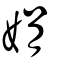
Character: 娟